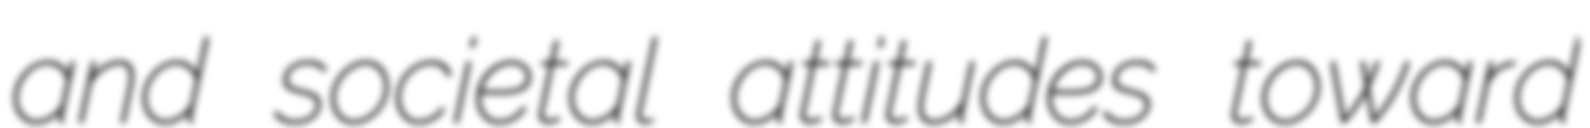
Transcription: and societal attitudes toward